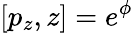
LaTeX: [p_{z},z]=e^{\phi}